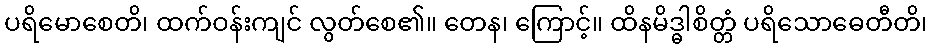
ပရိမောစေတိ၊ ထက်ဝန်းကျင် လွတ်စေ၏။ တေန၊ ကြောင့်။ ထိနမိဒ္ဓါစိတ္တံ ပရိသောဓေတီတိ၊